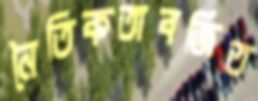
নৈতিকতাবর্জিত